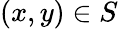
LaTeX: (x,y)\in S